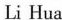
Li Hua